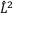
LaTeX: { \hat { L } } ^ { 2 }